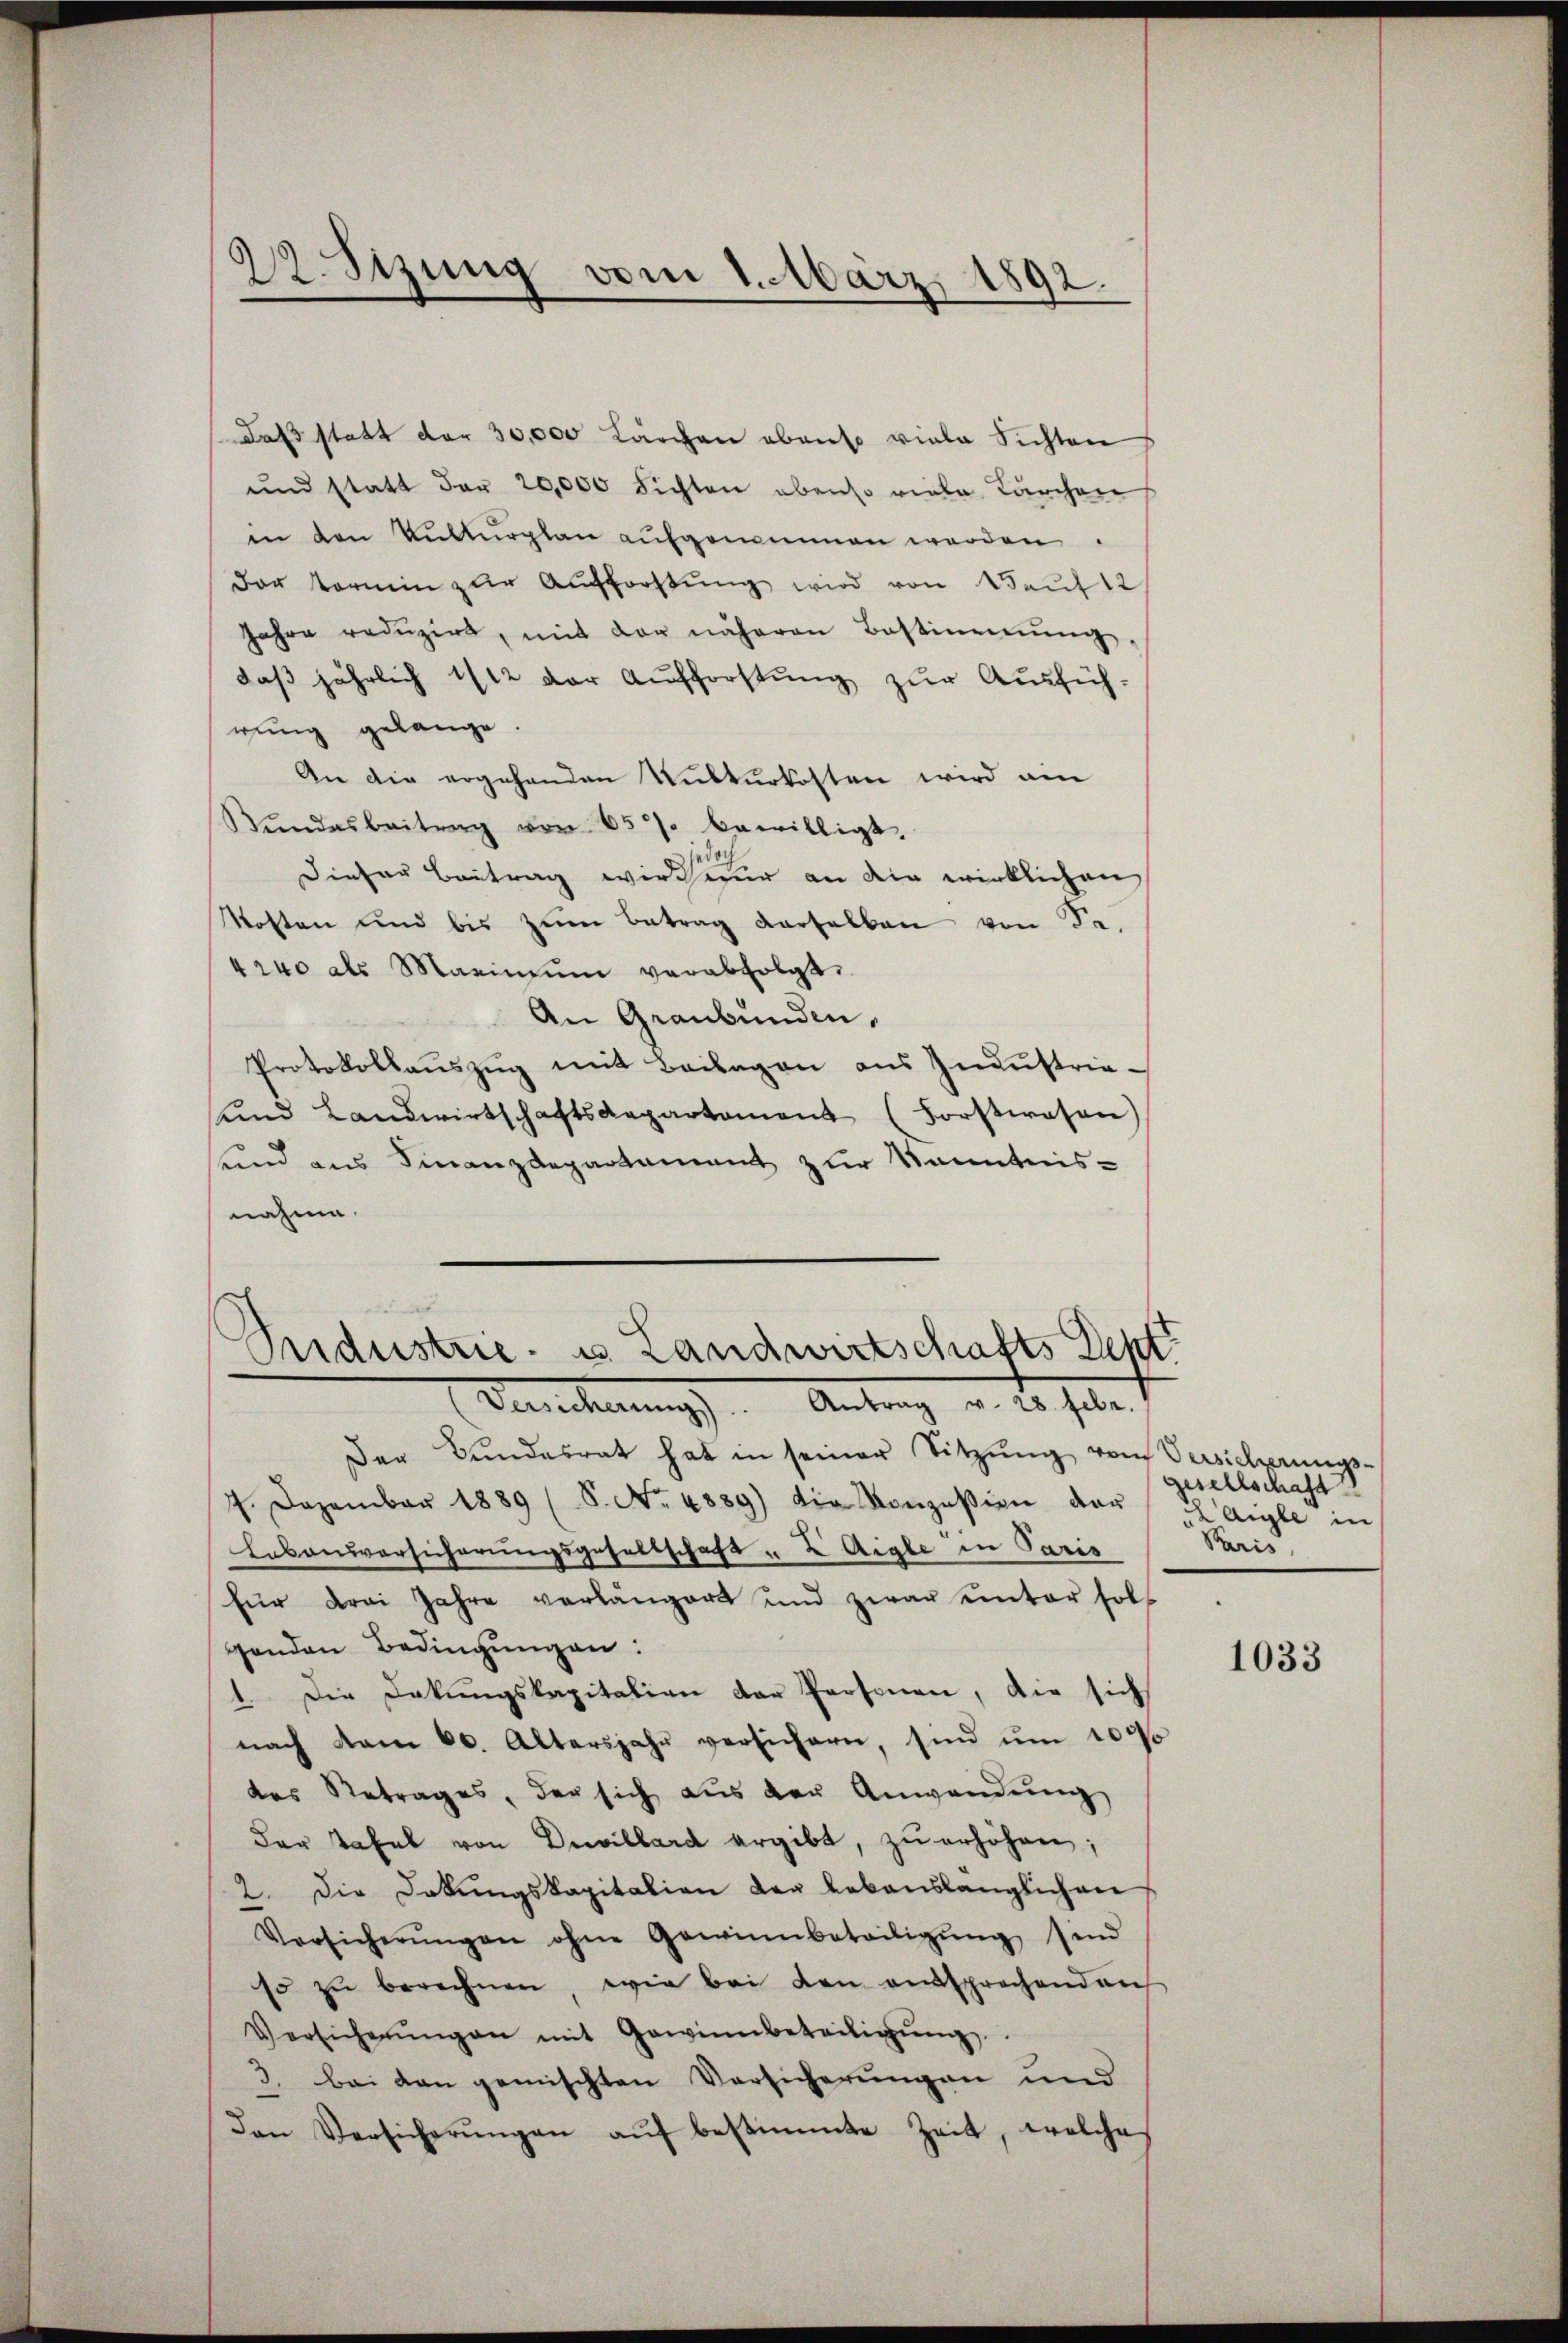
22. Stzung vom 1. März 1892.

(das statt der 30,000 Lärchen ebenso viele Sichten
und statt der 20,000 Fichten obenso viele Lärchen
in den Kulturplan aufgenommen werden.
dar termin zur Aufforstung wird von Bauf 12
Jahre redŭzirt, mit der näheren Bestimmŭng,
daß jährlich 112 der Aufforstung zur Ausfühwung gelange.
An die ergehenden Kulturkosten wird ein
Stŭndesbeitung von 65 % bewilligt.
Dieser Beitrag wird nur an die wirklichen
Mosten und bis zŭm Betrag verselben von Fr.
4240 als Marinium verabfolgt.
An Graubünden,
Protokollaŭszŭg mit Beilagen aus Industrieŭnd Landwirtschaftsaepartament (Forstwesen
Kind aus Finanzdepartament zur Kenntnis-
nahme.

Sndustrie- u. Landwirtschafts Rent
Anscheinung. Antrag v. 2. Febr.

Der Bundesrat hat in seiner Sitzŭng vom Versicherungs-
7. Dezember 1889 (S. No. 4889) die Konzession der Aigle in
Erbausversicherungsgesellschaft " E Aigle in Paris
für drei Jahre verlängert und zwar ŭnter soll
genden Bedingungen:
1. Die Dokungskapitation der Personen, die sich
nach vom 20. Altersjahr versichern, sind ŭm 1000
das Retrages, der sich aus der Anwendung
der Tafel von Devillard ergibt, zŭ erhöhen;
2. Die Dokungskapitalion der lebenslänglichen
Versicherŭngen ohne Gewinnbeteiligŭng sind
so zŭ berechnen, wie bei den aussprechenden
Versicherŭng an mit Gewinnbeteiligŭng.
3. bei von gemischten Versicherungen und
den Versicherŭngen aŭf bestimmte Zeit, welche

gesellschaft
Kais

1033